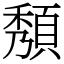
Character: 頺